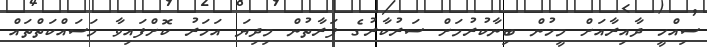
ސިއްހީ ދާއިރާއަށް މީހުން ބިނާކުރުމަށް ސަރުކާރުގެ ފަރާތުން މިދިޔަ އަހަރު ކޮށްފައިވާ މަސައްކަތްތައް